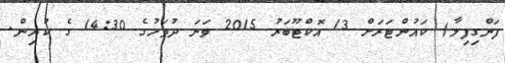
ފަންގިފިލާ) ކައުންޓަރަށް 13 އޮކްޓޫބަރު 2015 ވަނަ ދުވަހުގެ 14:30 ގެ ކުރިން.